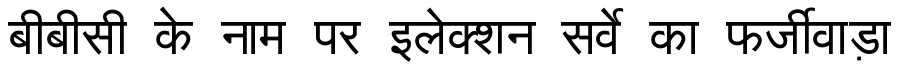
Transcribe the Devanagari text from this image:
बीबीसी के नाम पर इलेक्शन सर्वे का फर्जीवाड़ा